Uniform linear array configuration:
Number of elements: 16
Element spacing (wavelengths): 0.75
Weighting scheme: binomial
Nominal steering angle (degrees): -45
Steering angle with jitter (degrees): -45.902
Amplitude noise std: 0.05
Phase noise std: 0.05

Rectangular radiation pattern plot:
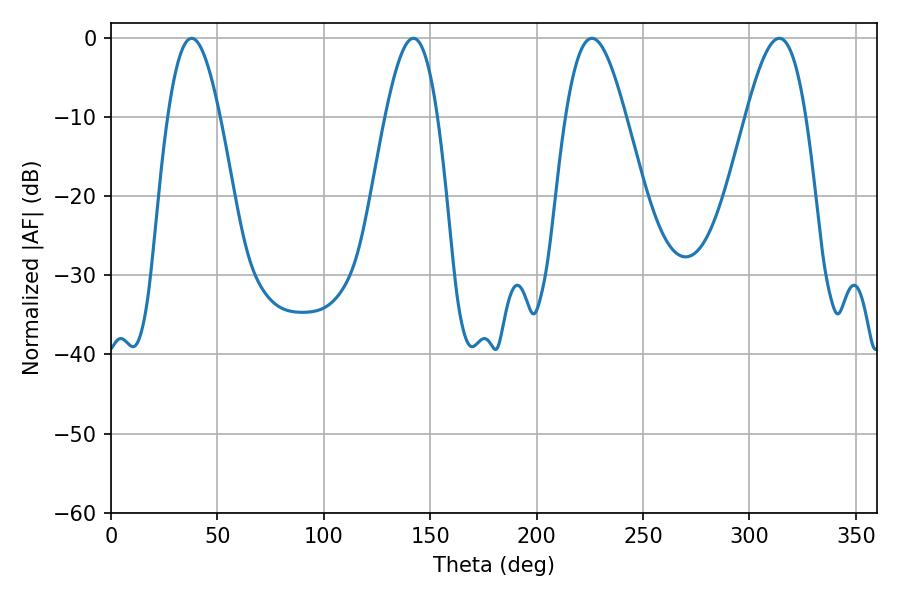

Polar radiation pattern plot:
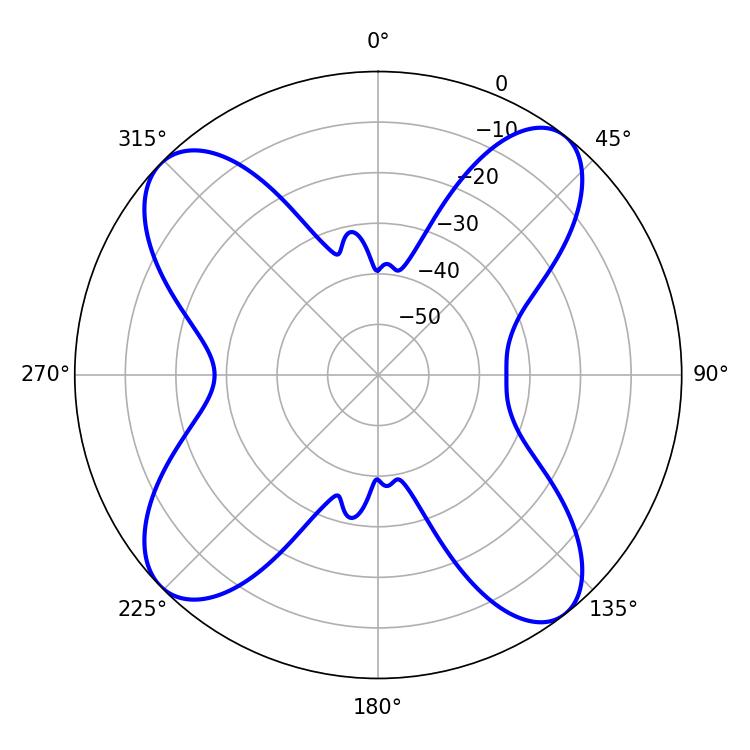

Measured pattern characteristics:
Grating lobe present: TRUE
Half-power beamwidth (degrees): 15.3
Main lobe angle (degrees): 225.9